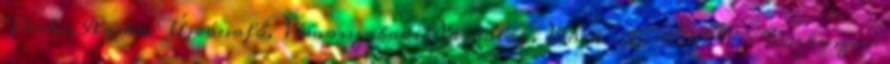
Püski, Rajka, Újrónafő, Vámosszabadi, Várbalog, Vének ▪LEADER - Közhasznú